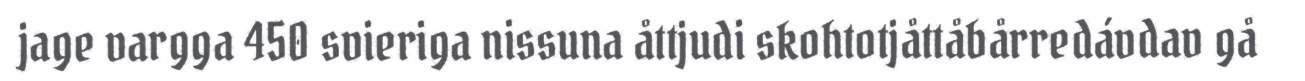
jage vargga 450 svieriga nissuna åttjudi skohtotjåttåbårredávdav gå